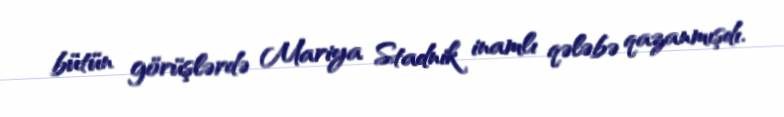
bütün görüşlərdə Mariya Stadnik inamlı qələbə qazanmışdı.